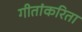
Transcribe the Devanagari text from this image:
गीतांकरिता